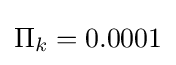
\Pi _{k}=0.0001